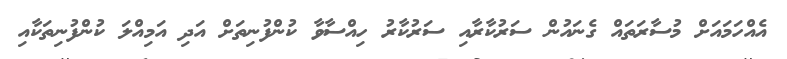
އެއްހަމައަށް މުސާރަތައް ގެނައުން ސަރުކާރާއި ސަރުކާރު ހިއްސާވާ ކުންފުނިތަށް އަދި އަމިއްލަ ކުންފުނިތަކާއި